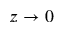
z \rightarrow 0